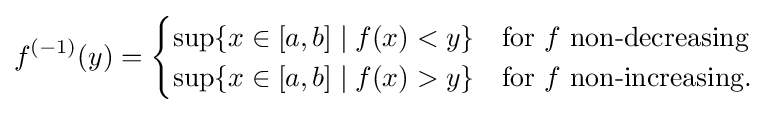
f^{(-1)}(y)={\begin{cases}\sup\{x\in [a,b]\mid f(x)<y\}&{\text{for }}f{\text{ non-decreasing}}\\\sup\{x\in [a,b]\mid f(x)>y\}&{\text{for }}f{\text{ non-increasing.}}\end{cases}}